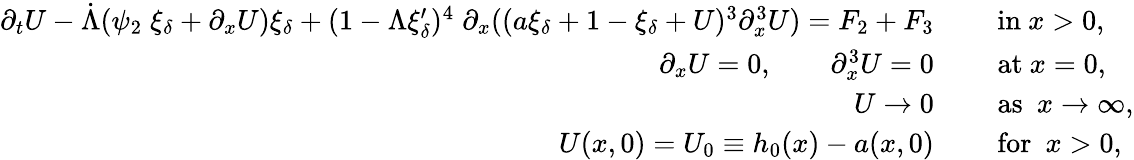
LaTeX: \begin{array}{rl}{\partial_{t}U-\dot{\Lambda}(\psi_{2}\; \xi_{\delta}+\partial_{x}U)\xi_{\delta}+(1-\Lambda\xi_{\delta}^{\prime})^{4}\; \partial_{x}((a\xi_{\delta}+1-\xi_{\delta}+U)^{3}\partial_{x}^{3}U)=F_{2}+F_{3}\quad}&{\mathrm{~in~}x>0,}\\ {\partial_{x}U=0,\qquad\partial_{x}^{3}U=0\quad}&{\mathrm{~at~}x=0,}\\ {U\to 0\quad}&{\mathrm{~as~}\ x\to\infty,}\\ {U(x,0)=U_{0}\equiv h_{0}(x)-a(x,0)\quad}&{\mathrm{~for~}\ x>0,}\end{array}